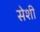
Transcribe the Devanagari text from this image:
सेशी